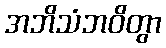
အဘိသံဘဝိတွာ